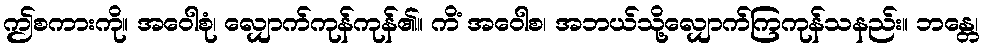
ဤစကားကို။ အဝေါစုံ၊ လျှောက်ကုန်ကုန်၏။ ကိံ အဝေါစ၊ အဘယ်သို့လျှောက်ကြကုန်သနည်း။ ဘန္တေ၊